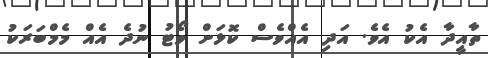
ތާއީދާ އެކު އެވެ. އަދި އެއްވެސް ކޮޅަށް ވޯޓު ނުދެ އެއް މެމްބަރަކު